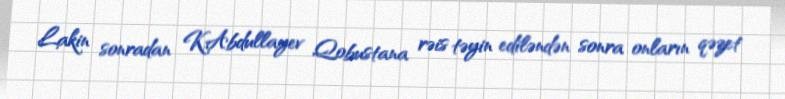
Lakin sonradan K.Abdullayev Qobustana rəis təyin ediləndən sonra onların qəzet